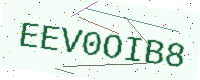
Text: EEV0OIB8